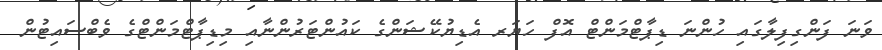
ވަނަ ފަންގިފިލާގައި ހުންނަ ޑިޕާޓްމަންޓް އޮފް ހަޔަރ އެޑިޔުކޭޝަންގެ ކައުންޓަރުންނާއި މިޑިޕާޓްމަންޓްގެ ވެބްސައިޓުން